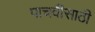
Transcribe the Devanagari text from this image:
पाचवीसाठी